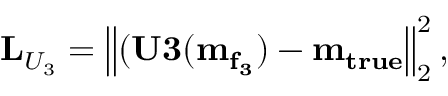
\mathbf { L } _ { U _ { 3 } } = \left\lVert ( \mathbf { U 3 ( m _ { f _ { 3 } } ) } - \mathbf { m _ { t r u e } } \right\rVert _ { 2 } ^ { 2 } ,